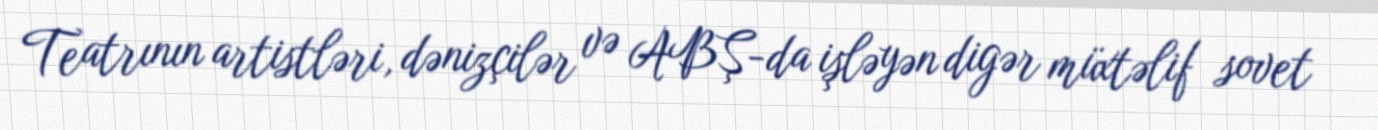
Teatrının artistləri, dənizçilər və ABŞ-da işləyən digər müxtəlif sovet